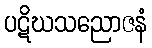
ပဋိဃသညောဇနံ